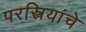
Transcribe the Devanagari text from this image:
परस्त्रियांचे